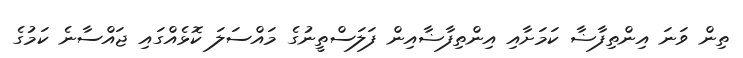
ތިން ވަނަ އިންތިފާޟާ ކަމަށާއި އިންތިފާޟާއިން ފަލަސްތީނުގެ މައްސަލަ ކޮޅެއްގައި ޖައްސާނެ ކަމުގެ